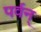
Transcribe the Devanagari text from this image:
पर्वन्